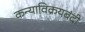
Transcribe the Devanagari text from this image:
कन्याविक्रयबंदी